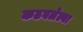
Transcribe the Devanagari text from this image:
कढवलेल्या